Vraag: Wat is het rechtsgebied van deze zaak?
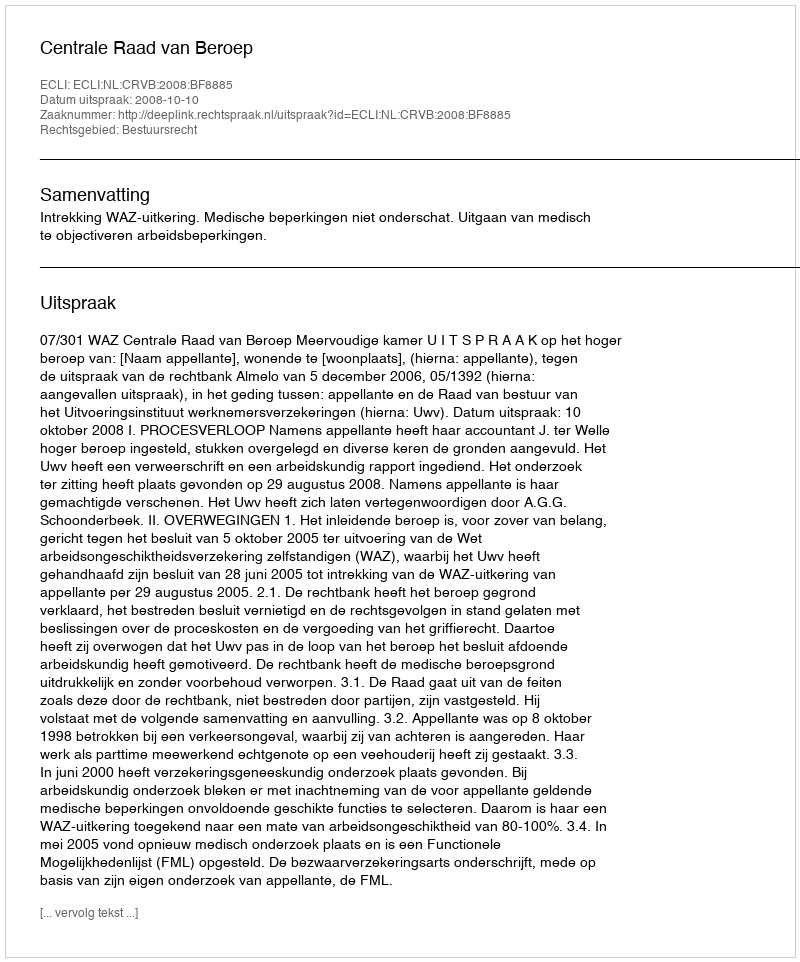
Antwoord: Bestuursrecht